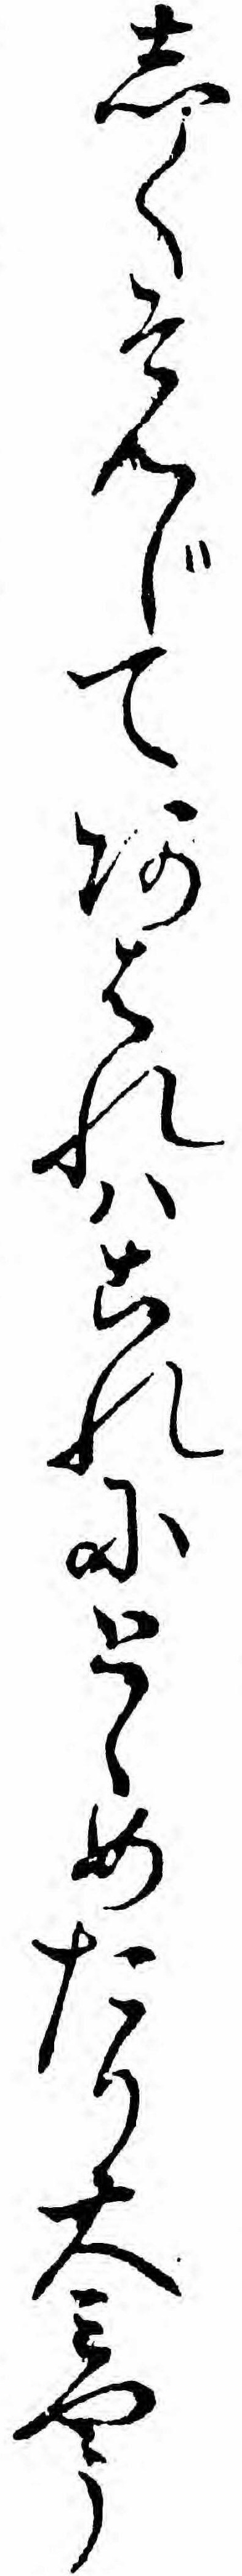
しくそんじてあはれハこれにとゝめたり大ミやう